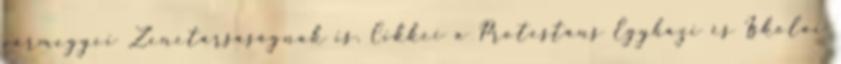
vármegyei Zenetársaságnak is. Cikkei a Protestáns Egyházi és Iskolai